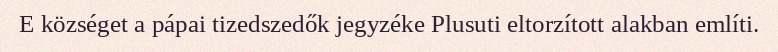
E községet a pápai tizedszedők jegyzéke Plusuti eltorzított alakban említi.